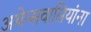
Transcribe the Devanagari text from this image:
अथेन्सवासियांना